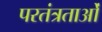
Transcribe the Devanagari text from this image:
परतंत्रताओं